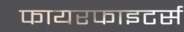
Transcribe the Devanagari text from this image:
फायरफाइटर्स